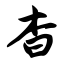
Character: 杳